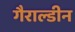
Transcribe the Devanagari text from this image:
गैराल्डीन